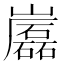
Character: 𡾷